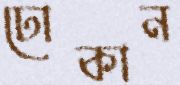
ঢোকান